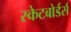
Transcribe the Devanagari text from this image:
स्केटबोर्डर्स